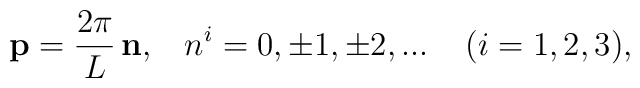
{\bf p} = \frac{2 \pi}{L} \, {\bf n}, \;\;\; n^i = 0, \pm1, \pm2, ... \;\;\;\; (i = 1, 2, 3) ,